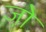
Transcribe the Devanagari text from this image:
जो़